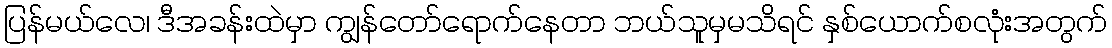
ပြန်မယ်လေ၊ ဒီအခန်းထဲမှာ ကျွန်တော်ရောက်နေတာ ဘယ်သူမှမသိရင် နှစ်ယောက်စလုံးအတွက်